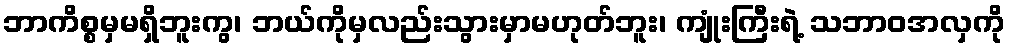
ဘာကိစ္စမှမရှိဘူးကွ၊ ဘယ်ကိုမှလည်းသွားမှာမဟုတ်ဘူး၊ ကျုံးကြီးရဲ့ သဘာဝအလှကို